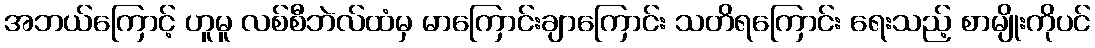
အဘယ်ကြောင့် ဟူမူ လစ်စီဘဲလ်ထံမှ မာကြောင်းချာကြောင်း သတိရကြောင်း ရေးသည့် စာမျိုးကိုပင်